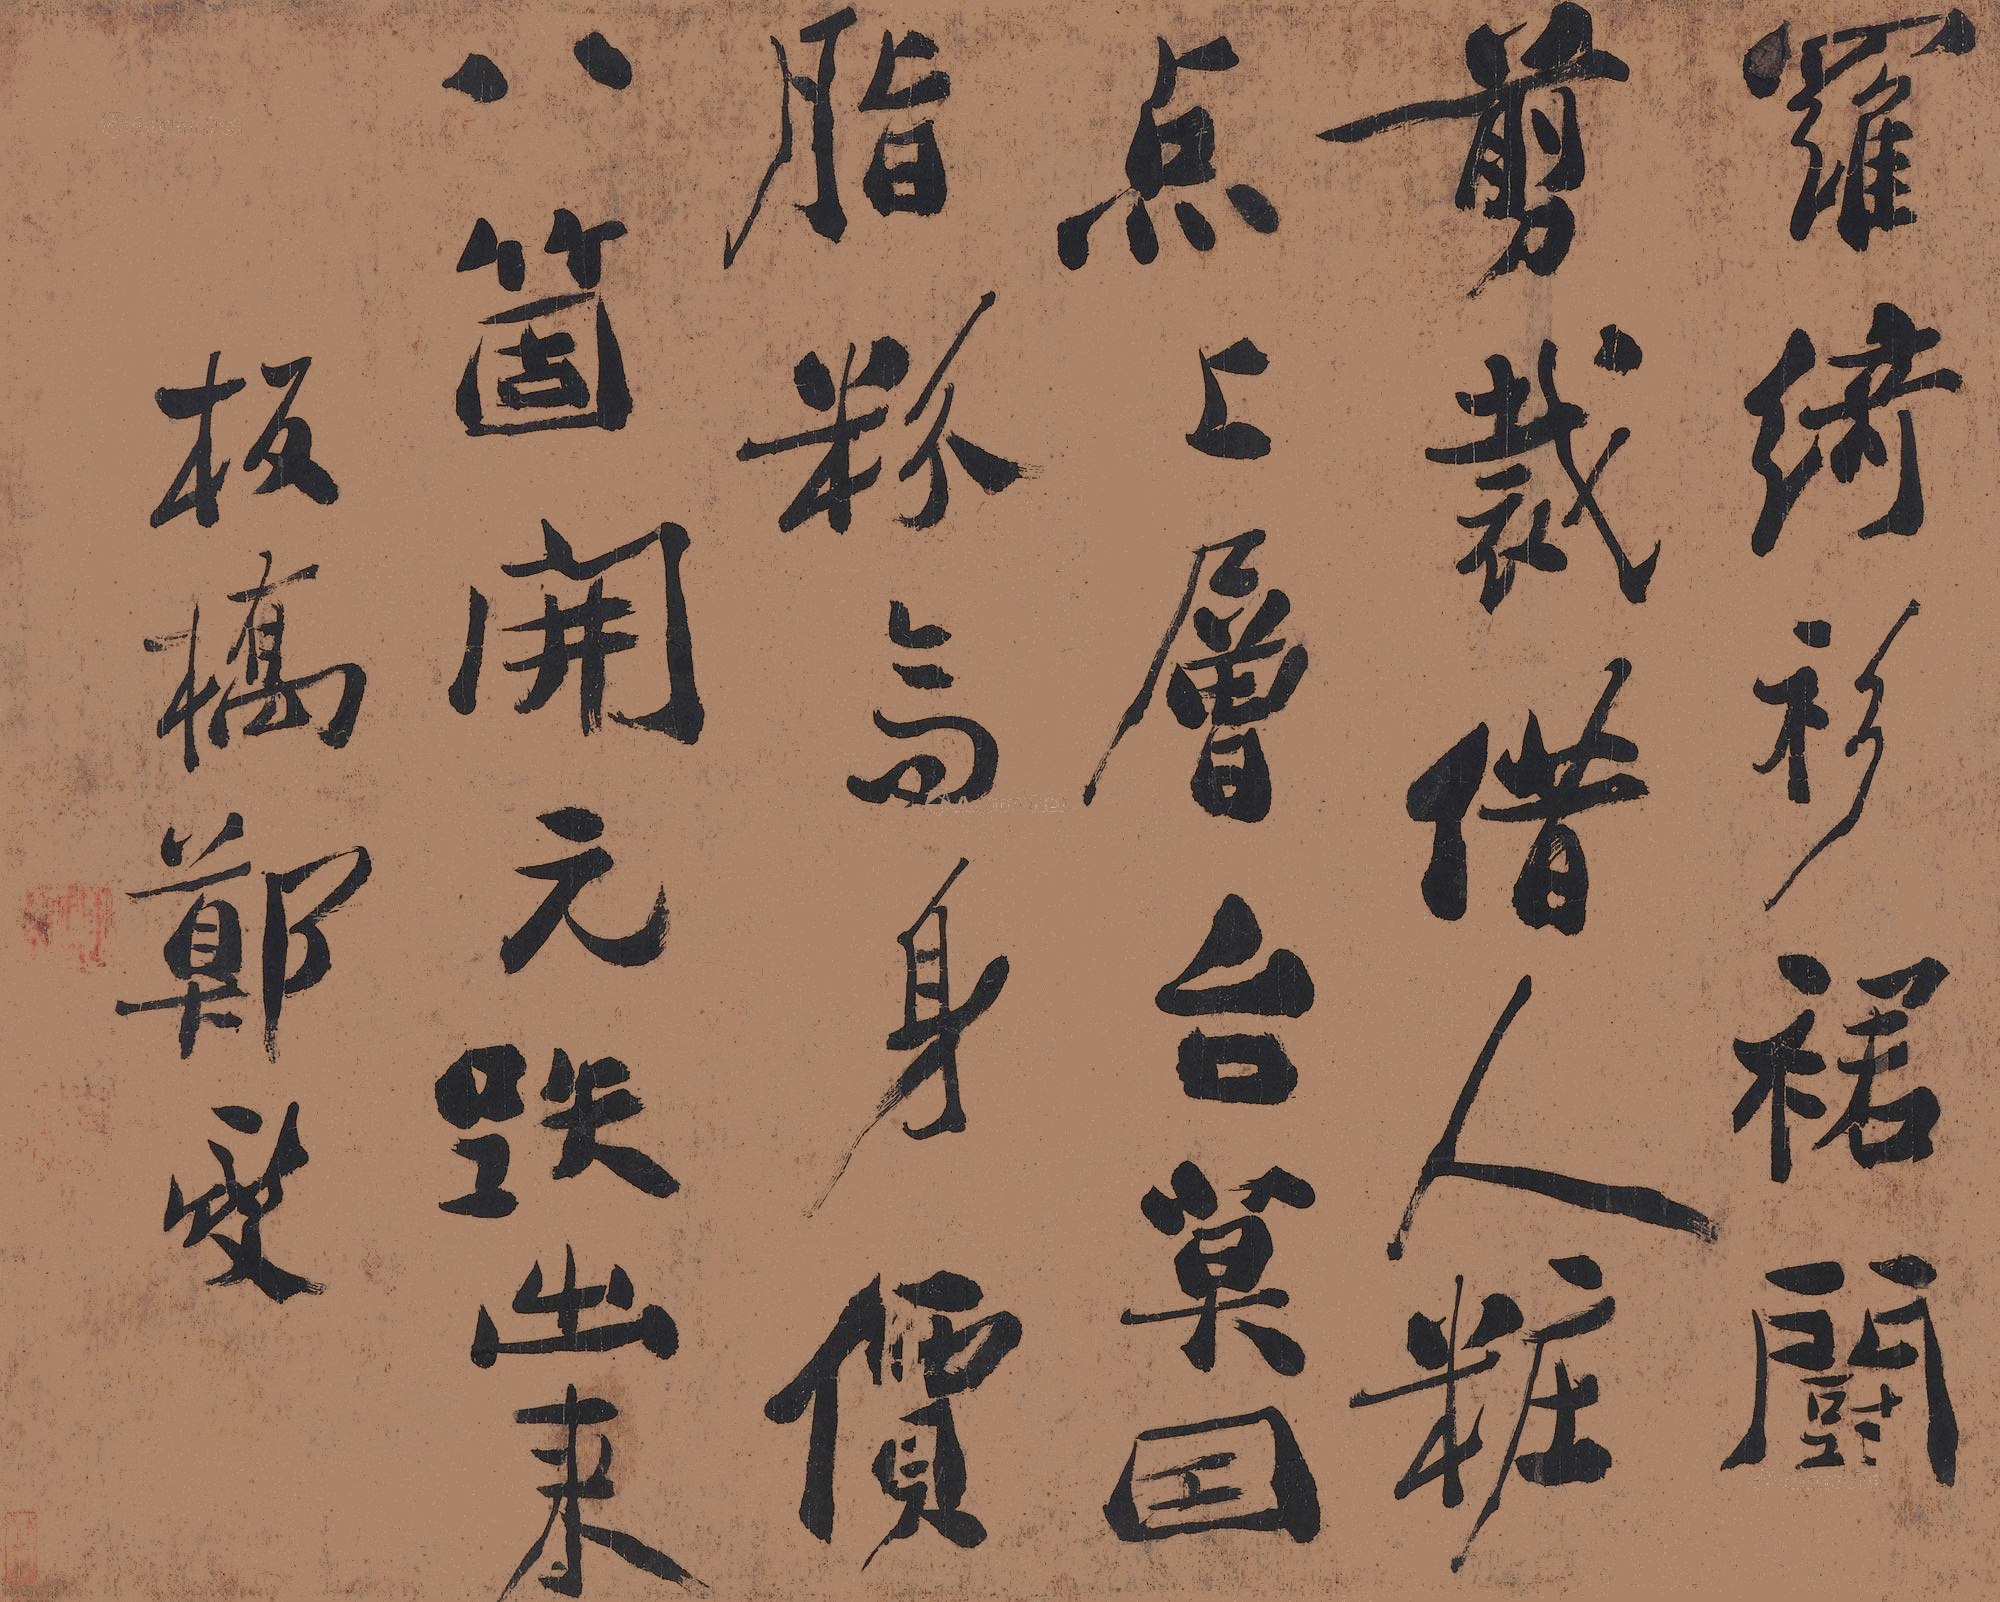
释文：罗绮衫裙鬭剪裁，借人妆点上层台。莫因脂粉高身价，八个开元跌出来。板桥郑燮。